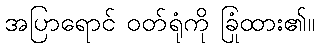
အပြာရောင် ဝတ်ရုံကို ခြုံထား၏။